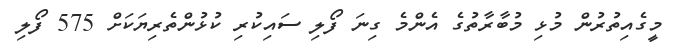
މީގެއިތުރުން މުޅި މުބާރާތުގެ އެންމެ ގިނަ ފޯލި ސައިކުރި ކުޅުންތެރިޔަކަށް 575 ފޯލި